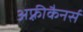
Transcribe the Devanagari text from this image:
अफ़्रीकैनर्स